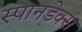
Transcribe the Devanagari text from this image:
स्पानडेक्स